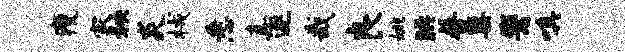
瘦家秧炎械悉真逐哉良姚腆普蕖鬻嗔